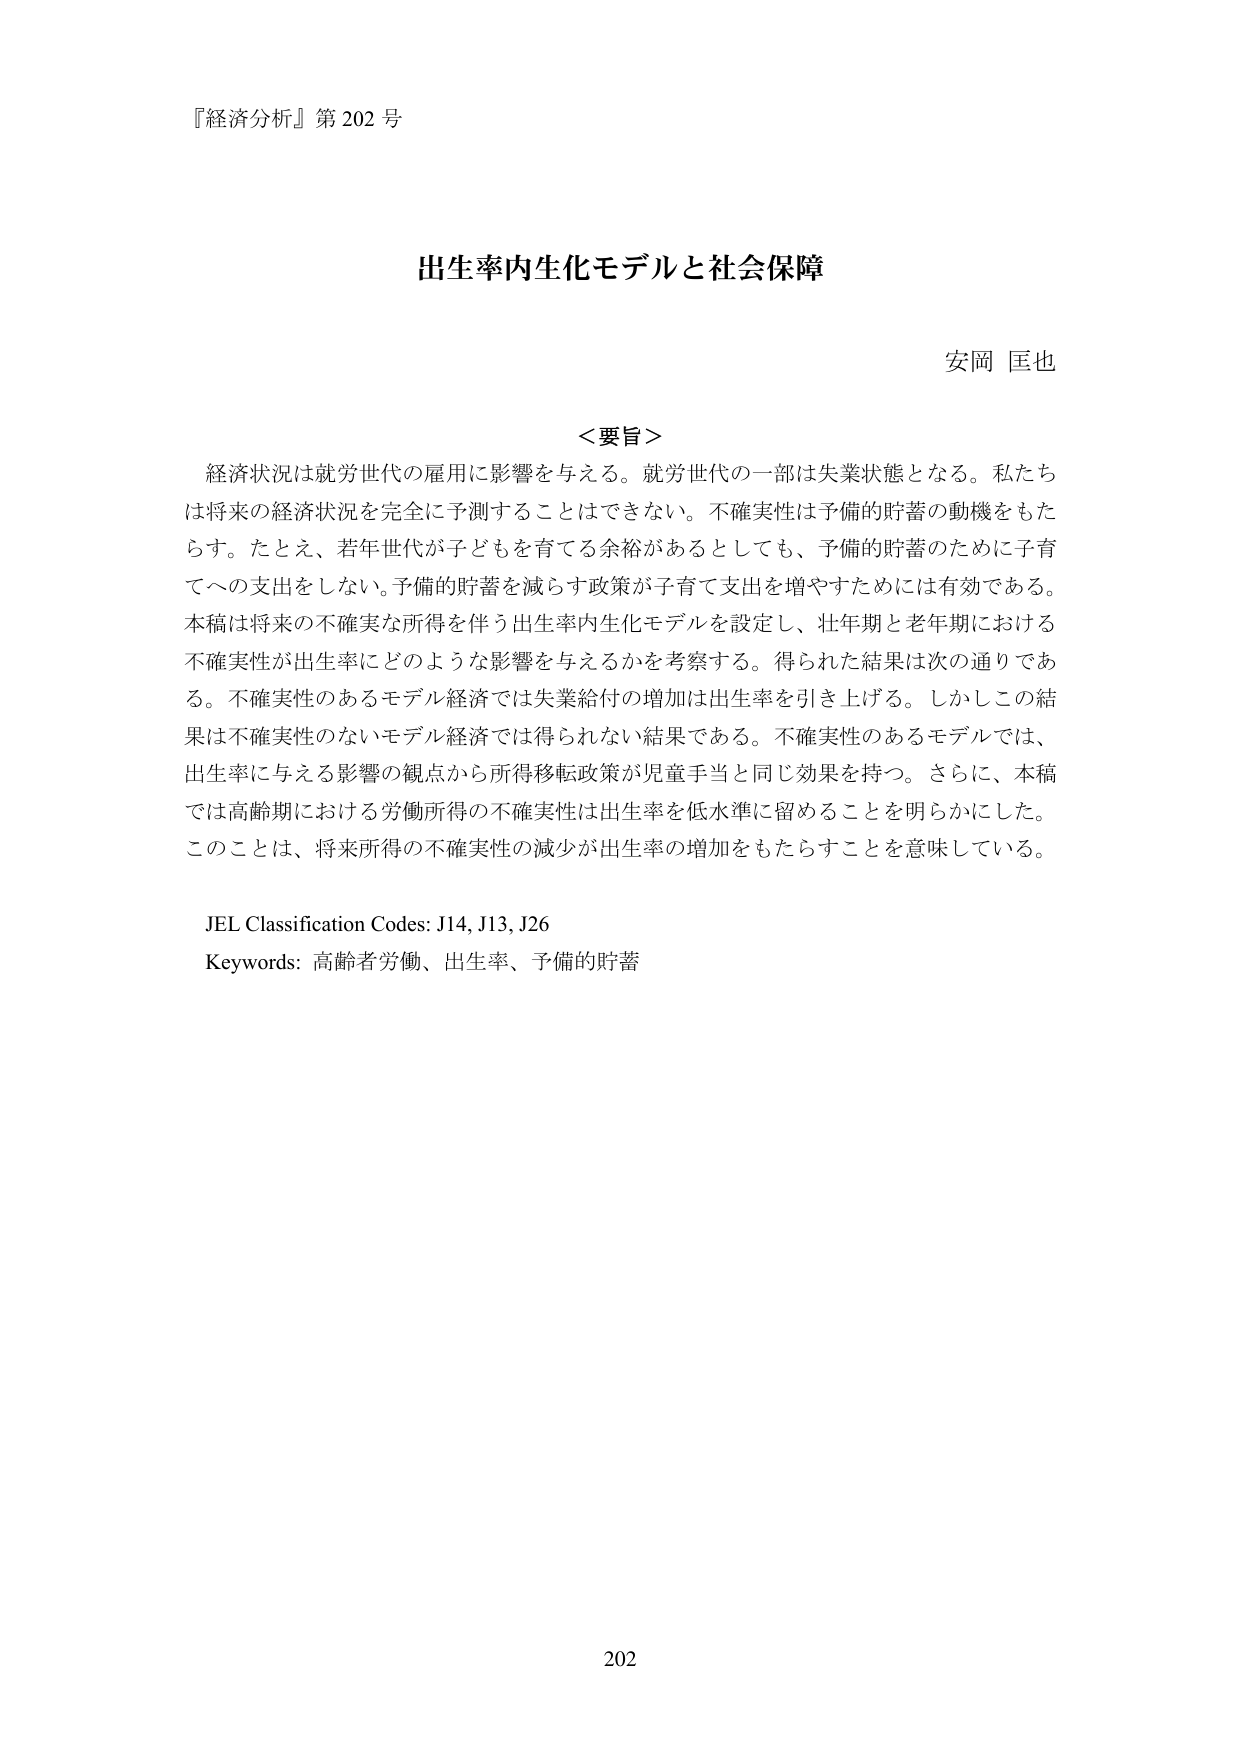
『経済分析』第 202 号

出生率内生化モデルと社会保障

安岡 匡也

＜要旨＞
経済状況は就労世代の雇用に影響を与える。就労世代の一部は失業状態となる。私たちは将来の経済状況を完全に予測することはできない。不確実性は予備的貯蓄の動機をもたらす。たとえ、若年世代が子どもを育てる余裕があるとしても、予備的貯蓄のために子育てへの支出をしない。予備的貯蓄を減らす政策が子育て支出を増やすためには有効である。本稿は将来の不確実な所得を伴う出生率内生化モデルを設定し、壮年期と老年期における不確実性が出生率にどのような影響を与えるかを考察する。得られた結果は次の通りである。不確実性のあるモデル経済では失業給付の増加は出生率を引き上げる。しかしこの結果は不確実性のないモデル経済では得られない結果である。不確実性のあるモデルでは、出生率に与える影響の観点から所得移転政策が児童手当と同じ効果を持つ。さらに、本稿では高齢期における労働所得の不確実性は出生率を低水準に留めることを明らかにした。このことは、将来所得の不確実性の減少が出生率の増加をもたらすことを意味している。

JEL Classification Codes: J14, J13, J26
Keywords: 高齢者労働、出生率、予備的貯蓄

202